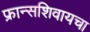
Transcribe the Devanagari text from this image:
फ्रान्सशिवायचा